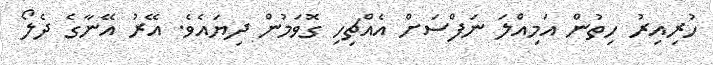
ހުރިއިރު ހިތުން އަމިއްލަ ނަފްސަށް އެއްޗިހި ގޮވަމުން ދިޔައެވެ. އޭރު އޭނާގެ ދެލޯ